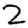
Digit: 2